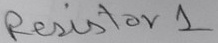
Text: Resistor 1